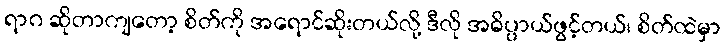
ရာဂ ဆိုတာကျတော့ စိတ်ကို အရောင်ဆိုးတယ်လို့ ဒီလို အဓိပ္ပာယ်ဖွင့်တယ်၊ စိတ်ထဲမှာ